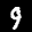
Label: 9